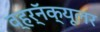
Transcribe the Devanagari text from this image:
व्हर्नॅक्यूलर